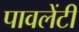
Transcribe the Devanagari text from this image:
पावलेंटी